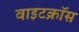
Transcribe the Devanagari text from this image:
वाइटक्रॉस